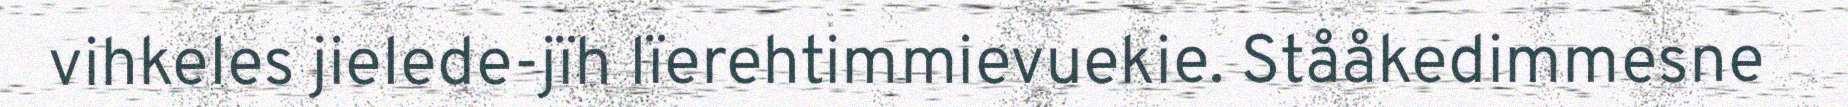
vihkeles jielede-jïh lïerehtimmievuekie. Stååkedimmesne